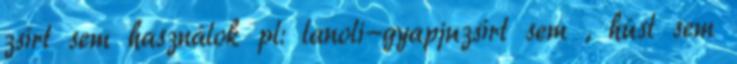
zsírt sem használok pl: lanoli-gyapjuzsírt sem , húst sem